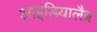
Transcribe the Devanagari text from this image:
आइडियालैब